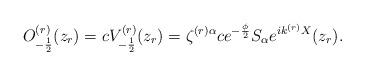
LaTeX: \begin{align*}O^{(r)}_{-\frac{1}{2}}(z_r)=cV^{(r)}_{-\frac{1}{2}}(z_r)=\zeta ^{(r)\alpha}ce^{-\frac{\phi}{2}}S_{\alpha}e^{ik^{(r)}X}(z_r).\end{align*}